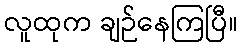
လူထုက ချဉ်နေကြပြီ။